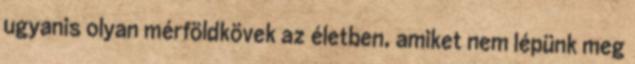
ugyanis olyan mérföldkövek az életben, amiket nem lépünk meg